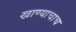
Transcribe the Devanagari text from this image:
खाण्याचाच